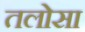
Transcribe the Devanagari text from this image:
तलोसा